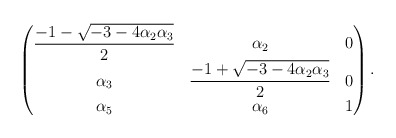
\begin{align*}\begin{pmatrix}\displaystyle\frac{-1 - \sqrt{-3 - 4 \alpha_{2} \alpha_{3}}}{2}&\alpha_2&0\\\alpha_3&\displaystyle\frac{-1 + \displaystyle\sqrt{-3 - 4 \alpha_{2} \alpha_{3}}}{2}&0\\\alpha_5&\alpha_6&1\end{pmatrix}.\end{align*}